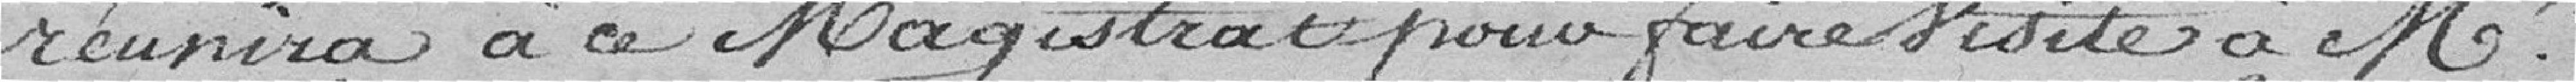
réunira à ce magistrat pour faire visite à Monsieur